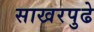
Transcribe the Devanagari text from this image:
साखरपुढे